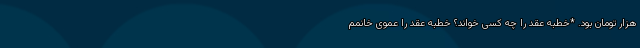
هزار تومان بود. *خطبه عقد را چه کسی خواند؟ خطبه عقد را عموی خانمم